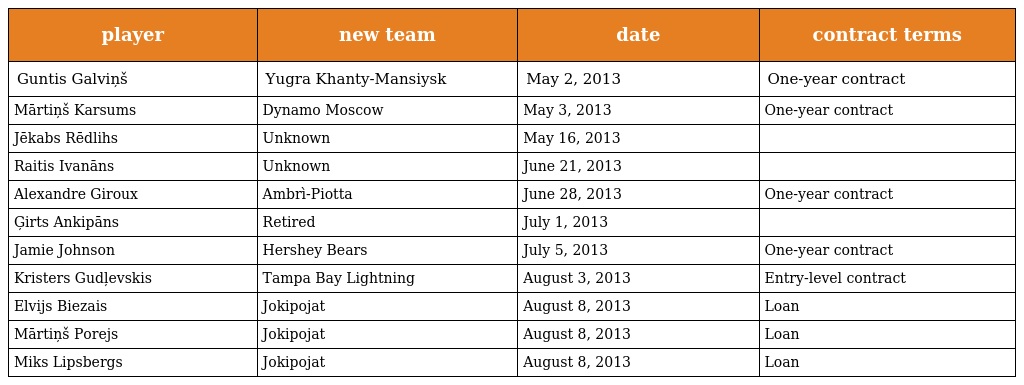
| player | new team | date | contract terms |
 | --- | --- | --- | --- |
 | Guntis Galviņš | Yugra Khanty-Mansiysk | May 2, 2013 | One-year contract |
 | Mārtiņš Karsums | Dynamo Moscow | May 3, 2013 | One-year contract |
 | Jēkabs Rēdlihs | Unknown | May 16, 2013 |  |
 | Raitis Ivanāns | Unknown | June 21, 2013 |  |
 | Alexandre Giroux | Ambrì-Piotta | June 28, 2013 | One-year contract |
 | Ģirts Ankipāns | Retired | July 1, 2013 |  |
 | Jamie Johnson | Hershey Bears | July 5, 2013 | One-year contract |
 | Kristers Gudļevskis | Tampa Bay Lightning | August 3, 2013 | Entry-level contract |
 | Elvijs Biezais | Jokipojat | August 8, 2013 | Loan |
 | Mārtiņš Porejs | Jokipojat | August 8, 2013 | Loan |
 | Miks Lipsbergs | Jokipojat | August 8, 2013 | Loan |